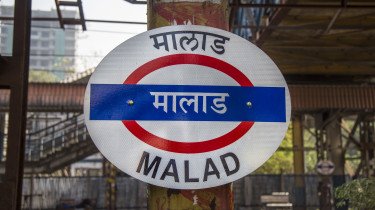
Language: marathi
Transcription: मालाड